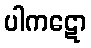
ပါကဋော